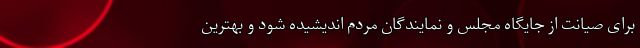
برای صیانت از جایگاه مجلس و نمایندگان مردم اندیشیده شود و بهترین